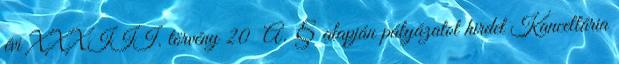
évi XXXIII. törvény 20 A. § alapján pályázatot hirdet Kancellária